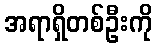
အရာရှိတစ်ဦးကို